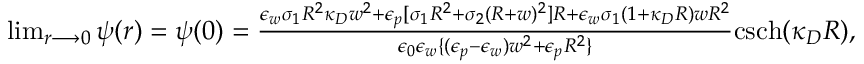
\begin{array} { r } { \operatorname* { l i m } _ { r \longrightarrow 0 } \psi ( r ) = \psi ( 0 ) = \frac { \epsilon _ { w } \sigma _ { 1 } R ^ { 2 } \kappa _ { D } w ^ { 2 } + \epsilon _ { p } [ \sigma _ { 1 } R ^ { 2 } + \sigma _ { 2 } ( R + w ) ^ { 2 } ] R + \epsilon _ { w } \sigma _ { 1 } ( 1 + \kappa _ { D } R ) w R ^ { 2 } } { \epsilon _ { 0 } \epsilon _ { w } \{ ( \epsilon _ { p } - \epsilon _ { w } ) w ^ { 2 } + \epsilon _ { p } R ^ { 2 } \} } \mathrm { c s c h } ( \kappa _ { D } R ) , } \end{array}